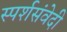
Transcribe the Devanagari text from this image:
स्पर्शसंवेदी